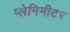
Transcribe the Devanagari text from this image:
प्लेनिमीटर